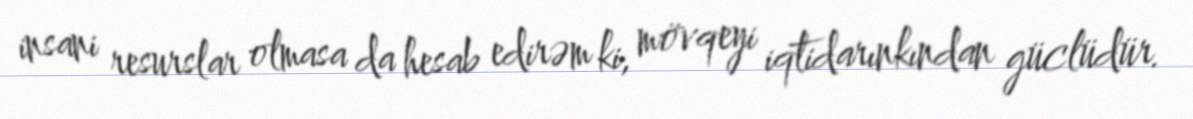
insani resurslar olmasa da hesab edirəm ki, mövqeyi iqtidarınkından güclüdür.